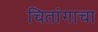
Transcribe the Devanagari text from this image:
चितांगाचा